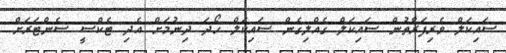
ސައިކަލް ވެރިފަރާތުން ސައިކަލް ގެއްލިގެން ސައިކަލް ހޯދަ ދިނުމަށް އެދި ޓެކްސީ ސެންޓަރަށް